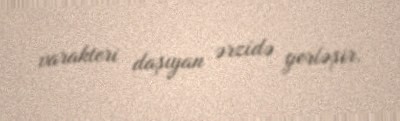
varakteri daşıyan ərzidə yerləşir.